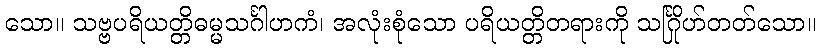
သော။ သဗ္ဗပရိယတ္တိဓမ္မသင်္ဂါဟကံ၊ အလုံးစုံသော ပရိယတ္တိတရားကို သင်္ဂြိုဟ်တတ်သော။